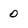
Character: 0